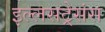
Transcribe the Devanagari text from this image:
इल्लसट्रेसंस